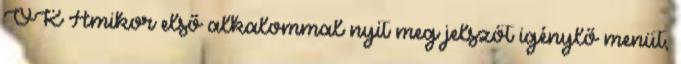
OK Amikor első alkalommal nyit meg jelszót igénylő menüt,